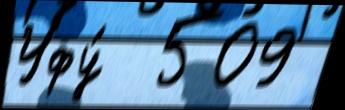
Уфу́  509